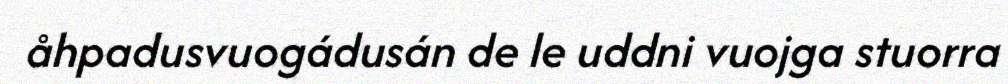
åhpadusvuogádusán de le uddni vuojga stuorra